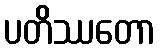
ပတိဿတော